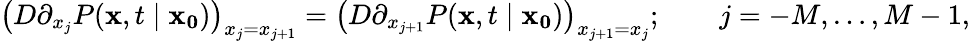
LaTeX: {\big(}D\partial_{x_{j}}P(\mathbf{x},t\mid\mathbf{x_{0}}){\big)}_{x_{j}=x_{j+1}}={\big(}D\partial_{x_{j+1}}P(\mathbf{x},t\mid\mathbf{x_{0}}){\big)}_{x_{j+1}=x_{j}};\qquad j=-M,\ldots,M-1,